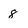
Character: 8